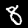
Label: 8